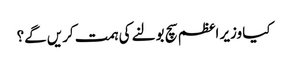
کیا وزیر اعظم سچ بولنے کی ہمت کریں گے؟